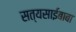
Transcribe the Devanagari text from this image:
सत्यसाईबाबा